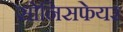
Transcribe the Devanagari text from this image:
सोनिसफेयर